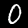
Label: 0